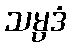
သမ္ပဒံ